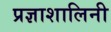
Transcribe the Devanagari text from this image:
प्रज्ञाशालिनी